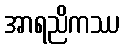
အာရညိကဿ